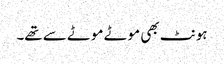
ہونٹ بھی موٹے موٹے سے تھے۔